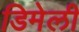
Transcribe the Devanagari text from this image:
डिमेली